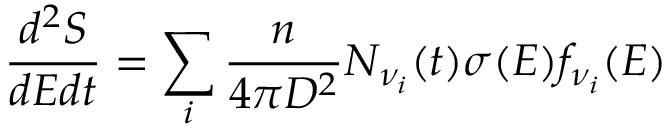
\frac { d ^ { 2 } S } { d E d t } = \sum _ { i } \frac { n } { 4 \pi D ^ { 2 } } N _ { \nu _ { i } } ( t ) \sigma ( E ) f _ { \nu _ { i } } ( E )